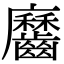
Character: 𪙱